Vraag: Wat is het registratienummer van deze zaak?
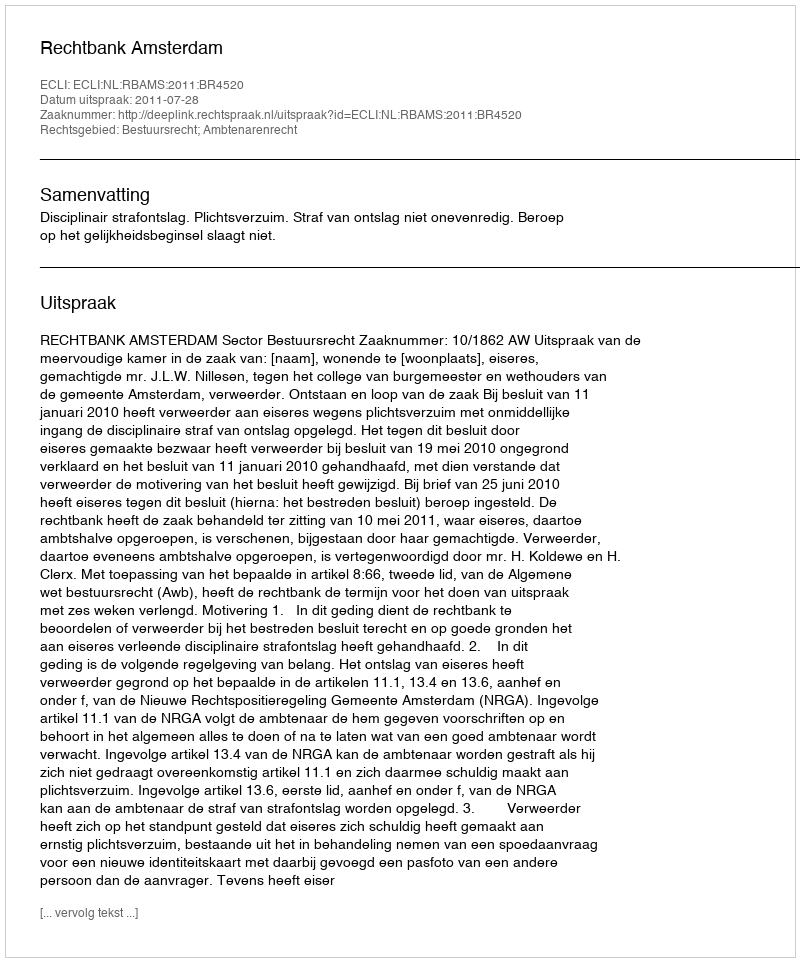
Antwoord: http://deeplink.rechtspraak.nl/uitspraak?id=ECLI:NL:RBAMS:2011:BR4520